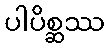
ပါပိစ္ဆဿ